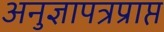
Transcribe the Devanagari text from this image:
अनुज्ञापत्रप्राप्त